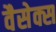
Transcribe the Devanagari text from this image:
वैसेक्स